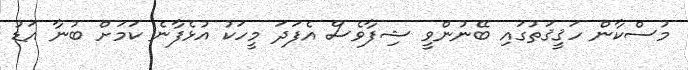
މުސްކާން ހަޤީޤަތުގައި ބޭނުންވީ ޝިފާވެސް އެފަދަ މީހަކު އުޅެފާނެ ކަމަށް ބުނާ އަޑު